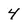
Character: 4